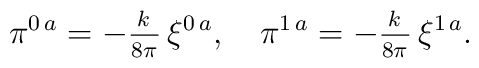
\pi^{0\,a}=-{_k\over^{8\pi}}\,\xi^{0\,a} ,\quad\pi^{1\,a}=-{_k\over^{8\pi}}\,\xi^{1\,a}.